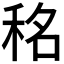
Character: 𮵡